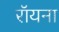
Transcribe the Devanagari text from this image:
रॉयना